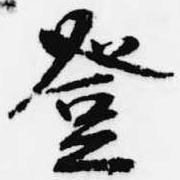
登